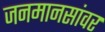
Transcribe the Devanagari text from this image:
जनमानसांवर